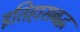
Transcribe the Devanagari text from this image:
इतिहासबद्ध